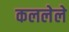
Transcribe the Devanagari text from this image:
कललेले